Annual report on the Civil Veterinary Department, Burma (including the Insein Veterinary School) - 1932-1941
Year: 1932
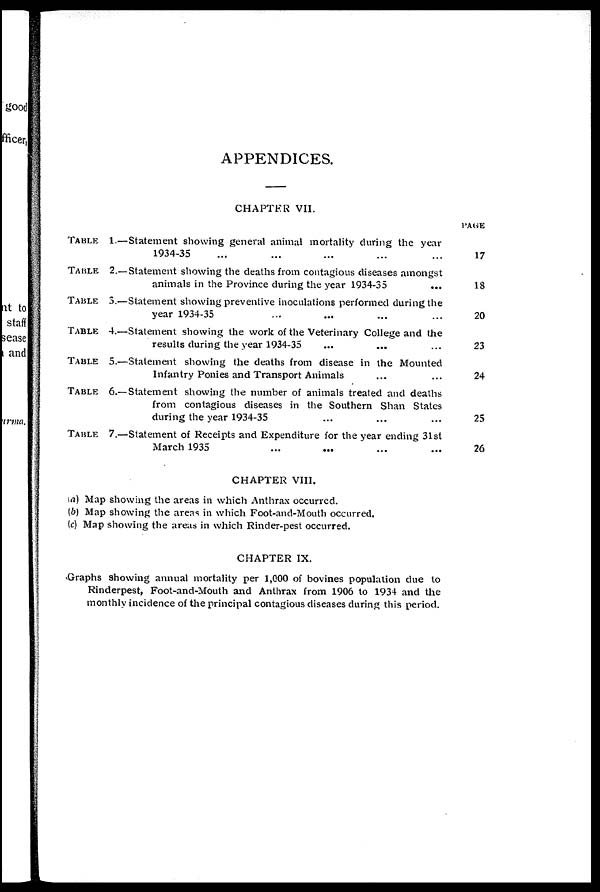
APPENDICES.
CHAPTER VII.
TABLE
TABLE
TABLE
TABLE
TABLE
TABLE
TABLE
1.—Statement showing general animal mortality during the year
1934-35 ... ... ... ... ...
2.—Statement showing the deaths from contagious diseases amongst
animals in the Province during the year 1934-35
...
3.—Statement showing preventive inoculations performed during the
year 1934-35 ... ... ... ...
4.—Statement showing the work of the Veterinary College and the
results during the year 1934-35 ... ... ...
5.—Statement showing the deaths from disease in the Mounted
Infantry Ponies and Transport Animals ... ...
6.—Statement showing the number of animals treated and deaths
from contagious diseases in the Southern Shan States
during the year 1934-35 ... ... ...
7.—Statement of Receipts and Expenditure for the year ending 31st
March 1935 ... ... ... ...
PAGE
17
18
20
23
24
25
26
CHAPTER VIII.
(a) Map showing the areas in which Anthrax occurred.
(b) Map showing the areas in which Foot-and-Mouth occurred.
(c) Map showing the areas in which Rinder-pest occurred.
CHAPTER IX.
Graphs showing annual mortality per 1,000 of bovines population due to
Rinderpest, Foot-and-Mouth and Anthrax from 1906 to 1934 and the
monthly incidence of the principal contagious diseases during this period.